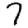
Digit: 7